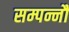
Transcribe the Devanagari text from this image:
सम्पन्नौ